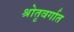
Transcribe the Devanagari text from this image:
श्रोतृवर्गात